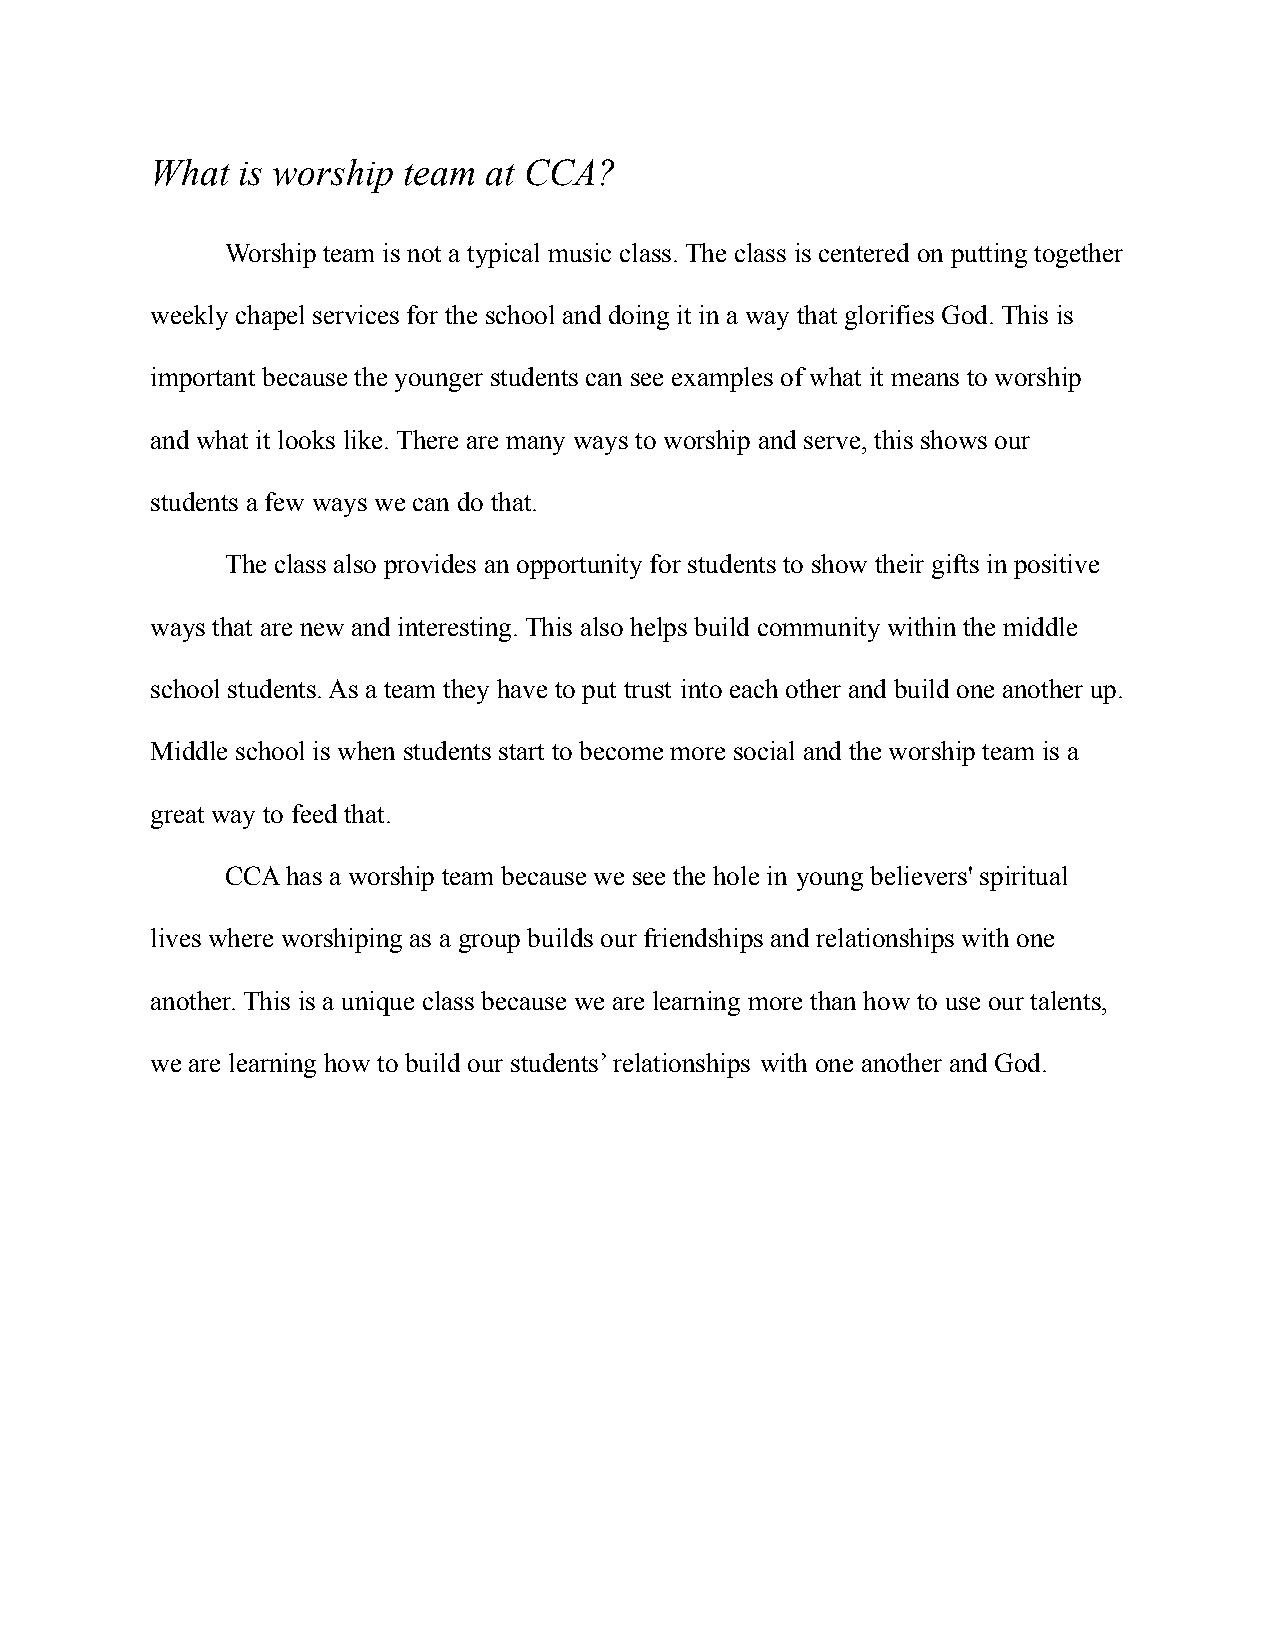
What  is worship team at CCA?
 Worship team is not a typical music class. The class is centered on putting together
 weekly chapel services for the school and doing it in a way that glorifies God. This is
 important because the younger students can see examples of what it means to worship
 and what it looks like. There are many ways to worship and serve, this shows our
 students a few ways we can do that.
 The class also provides an opportunity for students to show their gifts in positive
 ways that are new and interesting. This also helps build community within the middle
 school students. As a team they have to put trust into each other and build one another up.
 Middle school is when students start to become more social and the worship team is a
 great way to feed that.
 CCA has a worship team because we see the hole in young believers' spiritual
 lives where worshiping as a group builds our friendships and relationships with one
 another. This is a unique class because we are learning more than how to use our talents,
 we are learning how to build our students’ relationships with one another and God.